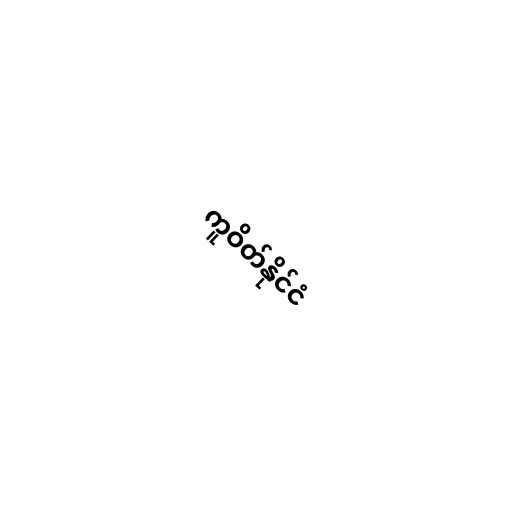
ကူဝိတ်နိုင်ငံ